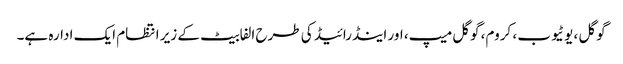
گوگل ، یوٹیوب ، کروم، گوگل میپ، اور اینڈرائیڈ کی طرح الفابیٹ کے زیر انتظام ایک ادارہ ہے۔